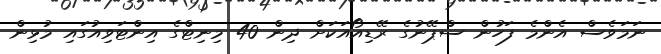
ނަމަވެސް އެންމެ ފަހުން ސްޕޭނުގެ ރޭޑިއޯއަކަށް ދިން 40 މިނިޓްގެ އިންޓަވިއުގައި މުޅިން